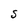
Character: S